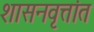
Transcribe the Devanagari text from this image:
शासनवृत्तांत